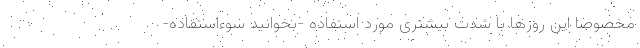
مخصوصاً این روزها با شدت بیشتری مورد استفاده -بخوانید سوءاستفاده-